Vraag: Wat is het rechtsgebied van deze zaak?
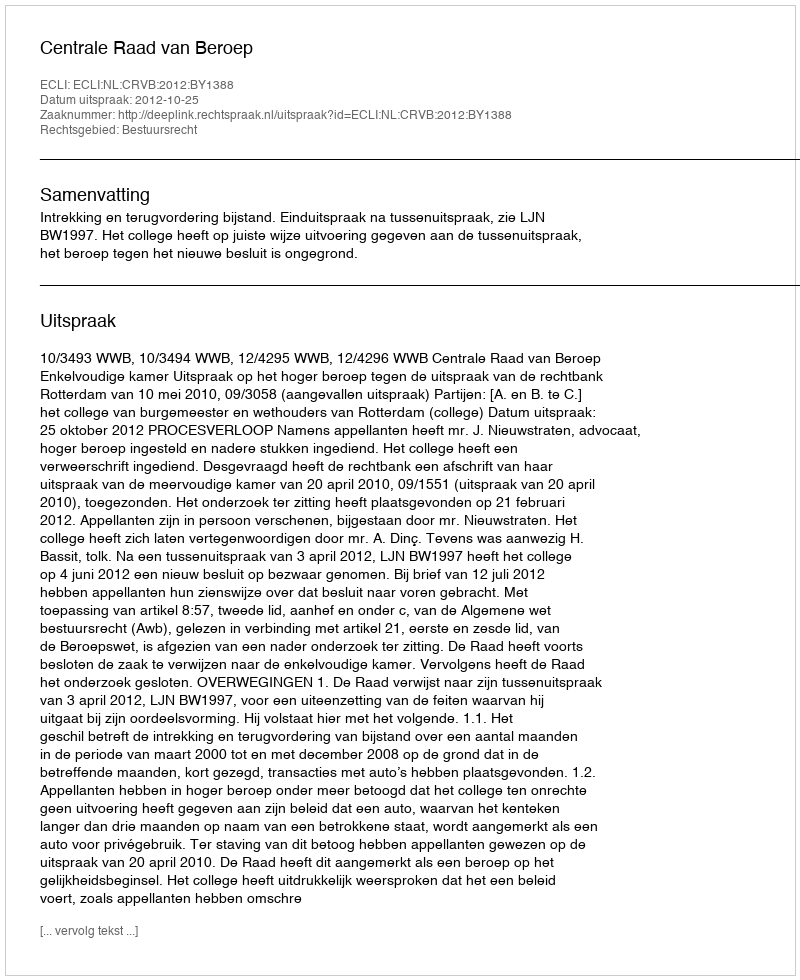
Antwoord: Bestuursrecht